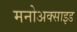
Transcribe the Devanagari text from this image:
मनोअक्‍साइड